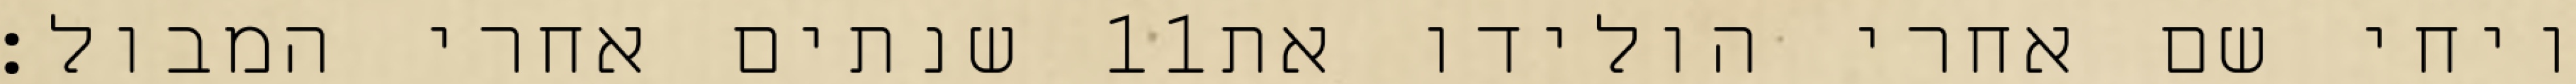
שנתים אחרי המבול׃ ‎11‏ ויחי שם אחרי הולידו את